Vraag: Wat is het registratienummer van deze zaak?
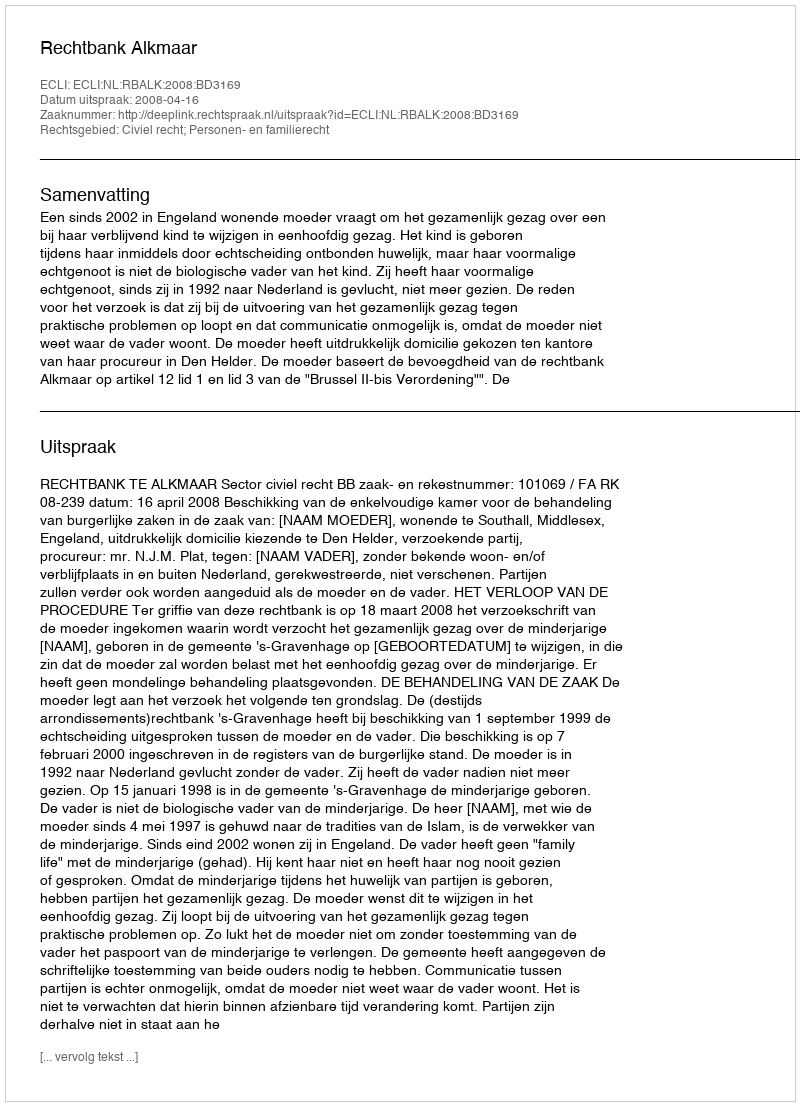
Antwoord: http://deeplink.rechtspraak.nl/uitspraak?id=ECLI:NL:RBALK:2008:BD3169